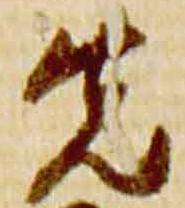
先